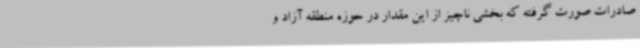
صادرات صورت گرفته که بخشی ناچیز از این مقدار در حوزه منطقه آزاد و